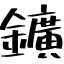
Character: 鑛